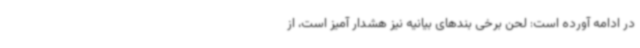
در ادامه آورده است: لحن برخی بندهای بیانیه نیز هشدار آمیز است، از